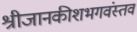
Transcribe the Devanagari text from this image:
श्रीजानकीशभगवंस्तव